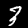
Digit: 3